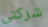
شركتي